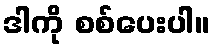
ဒါကို စစ်ပေးပါ။